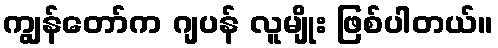
ကျွန်တော်က ဂျပန် လူမျိုး ဖြစ်ပါတယ်။